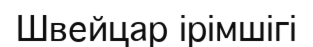
Швейцар ірімшігі